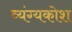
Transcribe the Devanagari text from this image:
व्यंग्यकोश